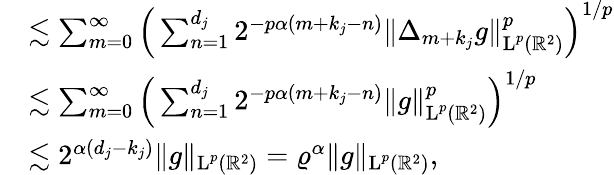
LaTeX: \begin{array}{rl}&{\lesssim\sum_{m=0}^{\infty}\Big(\sum_{n=1}^{d_{j}}2^{-p\alpha(m+k_{j}-n)}\| \Delta_{m+k_{j}}g\| _{\textup{L}^{p}(\mathbb{R}^{2})}^{p}\Big)^{1/p}}\\ &{\lesssim\sum_{m=0}^{\infty}\Big(\sum_{n=1}^{d_{j}}2^{-p\alpha(m+k_{j}-n)}\| g\| _{\textup{L}^{p}(\mathbb{R}^{2})}^{p}\Big)^{1/p}}\\ &{\lesssim 2^{\alpha(d_{j}-k_{j})}\| g\| _{\textup{L}^{p}(\mathbb{R}^{2})}=\varrho^{\alpha}\| g\| _{\textup{L}^{p}(\mathbb{R}^{2})},}\end{array}